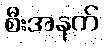
စီးအနက်